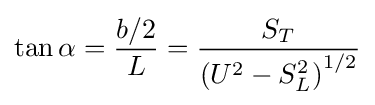
\tan \alpha ={\frac {b/2}{L}}={\frac {S_{T}}{\left(U^{2}-S_{L}^{2}\right)^{1/2}}}